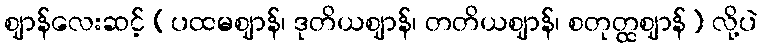
ဈာန်လေးဆင့် (ပထမဈာန်၊ ဒုတိယဈာန်၊ တတိယဈာန်၊ စတုတ္ထဈာန်) လို့ပဲ